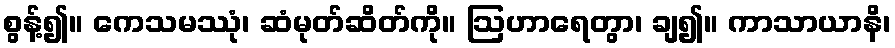
စွန့်၍။ ကေသမဿုံ၊ ဆံမုတ်ဆိတ်ကို။ ဩဟာရေတွာ၊ ချ၍။ ကာသာယာနိ၊